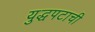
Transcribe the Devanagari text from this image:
युद्धपटाची